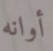
أوانه